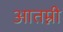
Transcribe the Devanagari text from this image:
आतम्नी